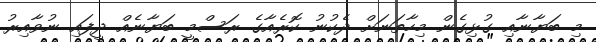
މި ބަޔާނާއި ގުޅިގެން މިހާތަނަށް ދެކުނު ކޮރެއާގެ ރަސްމީ ބަޔާނެއް ދީފައި ނުވާއިރު